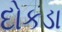
દોકડા